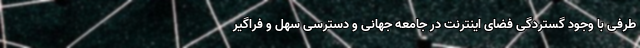
طرفی با وجود گستردگی فضای اینترنت در جامعه جهانی و دسترسی سهل و فراگیر